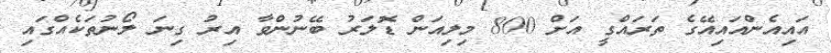
އައިއެންއައިއޭގެ ތަރައްގީ އަށް 800 މިލިއަން ޑޮލަރު ބޭނުންވާ އިރު ގިނަ ލޯނުތަކެއްގައި